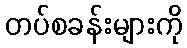
တပ်စခန်းများကို